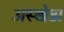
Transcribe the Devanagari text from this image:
अस्खेडा